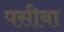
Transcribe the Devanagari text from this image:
पसीबा